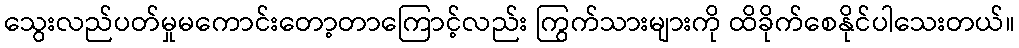
သွေးလည်ပတ်မှုမကောင်းတော့တာကြောင့်လည်း ကြွက်သားများကို ထိခိုက်စေနိုင်ပါသေးတယ်။